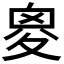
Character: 𡕩